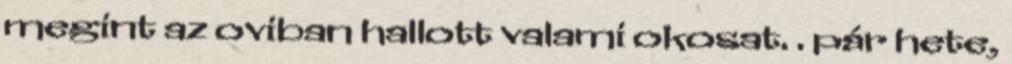
megint az oviban hallott valami okosat. . pár hete,